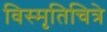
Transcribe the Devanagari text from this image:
विस्मृतिचित्रे